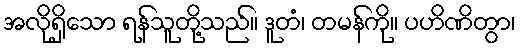
အလိုရှိသော ရန်သူတို့သည်။ ဒူတံ၊ တမန်ကို။ ပဟိဏိတွာ၊